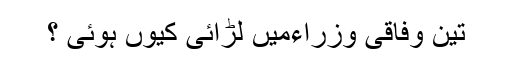
تین وفاقی وزراءمیں لڑائی کیوں ہوئی ؟